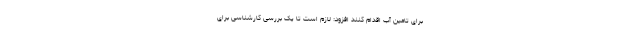
برای تامین آب اقدام کنند افزود: لازم است تا یک بررسی کارشناسی برای